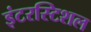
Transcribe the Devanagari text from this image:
इंटरस्टिशल